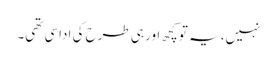
نہیں، یہ تو کچھ اور ہی طرح کی اداسی تھی۔